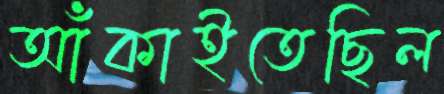
আঁকাইতেছিল